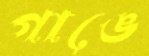
গাঙে